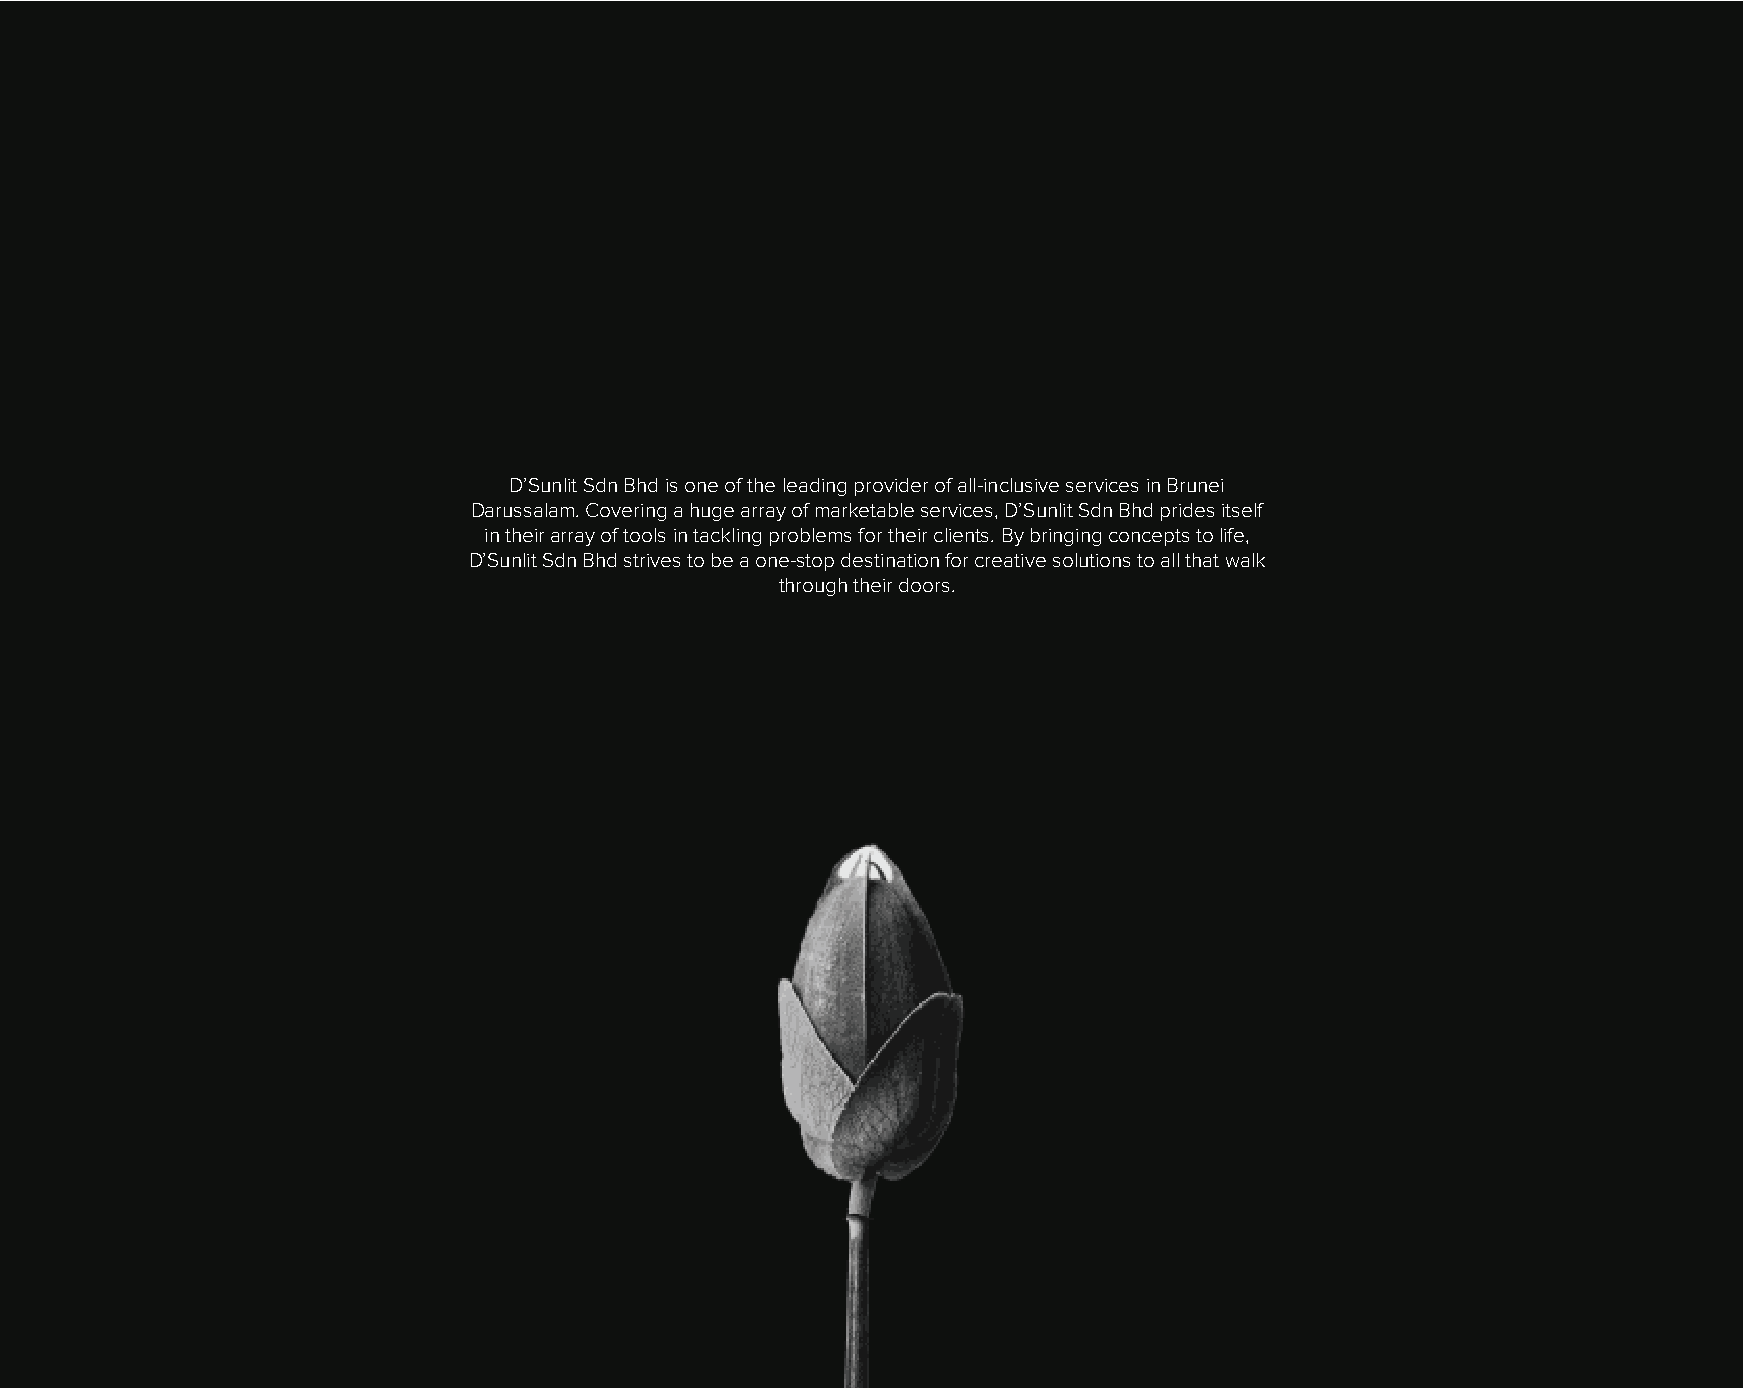
D’Sunlit Sdn Bhd is one of the leading provider of all-inclusive services in Brunei
 Darussalam. Covering a huge array of marketable services, D’Sunlit Sdn Bhd prides itself
 in their array of tools in tackling problems for their clients. By bringing concepts to life,
 D’Sunlit Sdn Bhd strives to be a one-stop destination for creative solutions to all that walk
 through their doors.